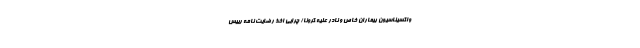
واکسیناسیون بیماران خاص و نادر علیه کرونا/ چرایی اخذ رضایت‌ نامه رییس